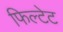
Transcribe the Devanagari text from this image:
फिल्टेट